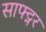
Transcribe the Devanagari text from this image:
साफ्ट्नर